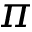
\pi